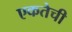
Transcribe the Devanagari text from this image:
एकतेची